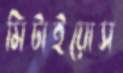
মিটাইয়োস